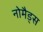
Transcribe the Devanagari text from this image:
नोमैड्स